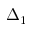
\Delta _ { 1 }